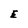
Character: E